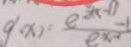
g ( x ) = \frac { e ^ { 2 x - 1 } - 1 } { e x ^ { - 1 } }